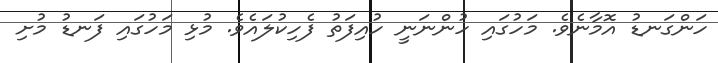
ހަންގަނޑު އޮމާނެވެ. މަހުގައި ހުންނަނީ ހުއިފަތު ފެހިކުލައެވެ. މުޅި މަހުގައި ފަނޑު މުށި